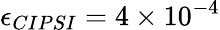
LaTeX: \epsilon_{CIPSI}=4\times 10^{-4}